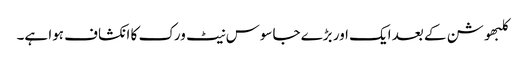
کلبھوشن کے بعد ایک اور بڑے جاسوس نیٹ ورک کا انکشاف ہوا ہے۔